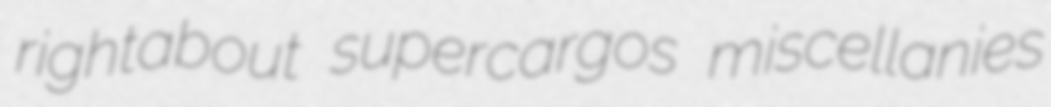
rightabout supercargos miscellanies